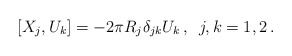
\begin{align*}[X_{j}, U_{k}] = -2\pi R_{j}\delta_{jk} U_{k} \, , \enspace j,k = 1,2 \, .\end{align*}